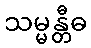
သမ္မန္တီဓ